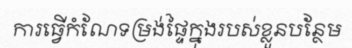
ការធ្វើកំណែទម្រង់ផ្ទៃក្នុងរបស់ខ្លួនបន្ថែម